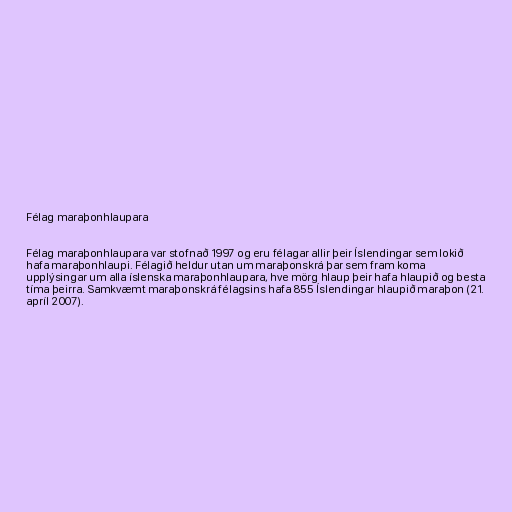
Félag maraþonhlaupara

Félag maraþonhlaupara var stofnað 1997 og eru félagar allir þeir Íslendingar sem lokið
hafa maraþonhlaupi. Félagið heldur utan um maraþonskrá þar sem fram koma
upplýsingar um alla íslenska maraþonhlaupara, hve mörg hlaup þeir hafa hlaupið og besta
tíma þeirra. Samkvæmt maraþonskrá félagsins hafa 855 Íslendingar hlaupið maraþon (21.
apríl 2007).